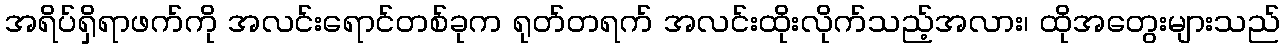
အရိပ်ရှိရာဖက်ကို အလင်းရောင်တစ်ခုက ရုတ်တရက် အလင်းထိုးလိုက်သည့်အလား၊ ထိုအတွေးများသည်